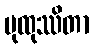
ပုထုဿိတာ